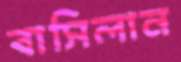
বাসিলান